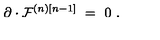
\partial \cdot { \cal F } ^ { ( n ) [ n - 1 ] } \ = \ 0 \ .